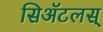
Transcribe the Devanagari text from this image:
सिॲटलस्